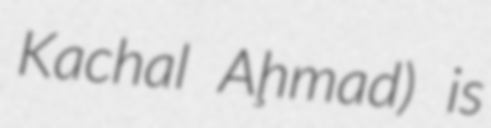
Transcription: Kachal Aḩmad) is